Lunatic asylums Bombay report 1878-1890 - 1878-1890
Year: 1878
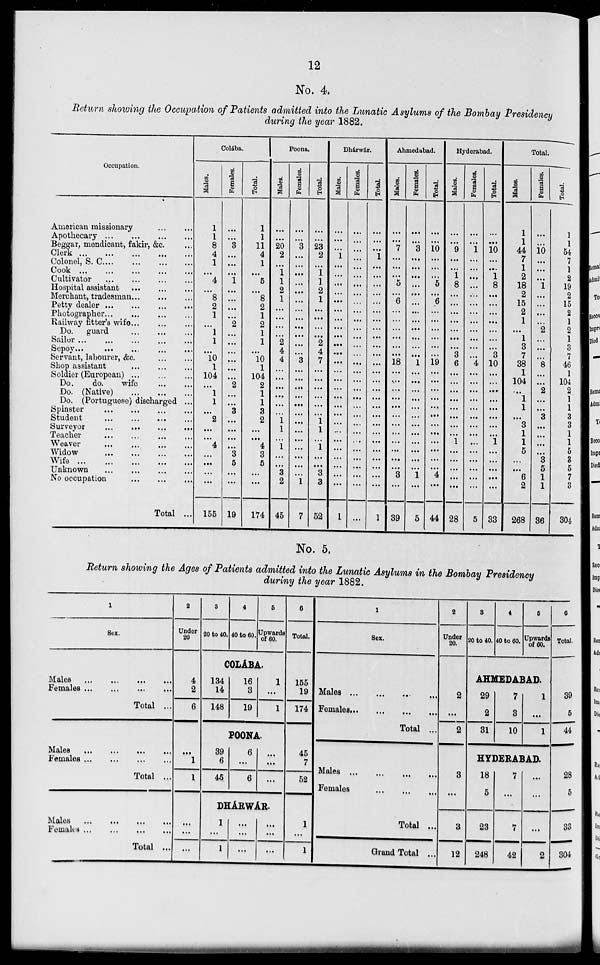
12
No. 4.
Return showing the Occupation of Patients admitted into the Lunatic Asylums of the Bombay Presidency
during the year 1882.
Occupation.
American missionary
...
...
Apothecary
...
...
...
...
Beggar, mendicant, fakir, &c. ...
Clerk
...
...
...
...
...
Colonel, S. C
...
...
...
...
Cook
...
...
...
...
...
Cultivator
...
...
...
...
Hospital assistant ... ... ...
Merchant, tradesman ... ... ...
Petty dealer
...
...
...
...
Photographer ... ... ... ...
Railway fitter's wife ... ... ...
Do. guard
...
...
...
Sailor ... ... ... ... ...
Sepoy ... ... ... ... ...
Servant, labourer, &c
...
...
Shop assistant
...
...
...
Soldier (European)
...
...
...
Do.
do.
wife
...
...
Do. (Native)
...
...
...
Do, (Portuguese) discharged ...
Spinster
...
...
...
...
Student
...
...
...
...
Surveyor ... ... ... ...
Teacher
...
...
...
...
Weaver
...
...
...
...
Widow
...
...
...
Wife
...
...
...
...
Unknown
...
...
...
...
No occupation ... ... ...
Total ..
Colába.
Males.
1
1
8
4
1
...
4
...
8
2
1
...
1
1
...
10
1
104
...
1
1
...
2
...
...
4
...
...
...
...
155
Females.
...
...
3
...
...
...
1
...
...
...
...
2
...
...
...
...
...
...
2
...
...
3
...
...
...
...
3
5
...
...
19
Total.
1
1
11
4
1
...
5
...
8
2
1
2
1
1
...
10
1
104
2
1
1
3
2
...
...
4
3
5
...
...
174
Poona.
Males.
...
...
20
2
...
1
1
2
1
...
...
...
...
2
4
4
...
...
...
...
...
...
1
1
...
1
...
...
3
2
45
Females.
...
...
3
...
...
...
...
...
...
...
...
...
...
...
...
3
...
...
...
...
...
...
...
...
...
...
...
...
...
1
7
Total.
...
...
23
2
...
1
1
2
1
...
...
...
...
2
4
7
...
...
...
...
...
...
1
1
...
1
...
...
3
3
52
Dhárwár.
Males.
...
...
...
1
...
...
...
...
...
...
...
...
...
...
...
...
...
...
...
...
...
...
...
...
...
...
...
...
...
1
Females.
...
...
...
...
...
...
...
...
...
...
...
...
...
...
...
...
...
...
...
...
...
...
...
...
...
...
...
...
...
...
...
Total.
...
...
...
1
...
...
...
...
...
...
...
...
...
...
...
...
...
...
...
...
...
...
...
...
...
...
...
...
...
...
1
Ahmedabad.
Males.
...
...
7
...
...
...
5
...
6
...
...
...
...
...
...
18
...
...
...
...
...
...
...
...
...
...
...
...
3
...
39
Females.
...
...
3
...
...
...
...
...
...
...
...
...
...
...
...
1
...
...
...
...
...
...
...
...
...
...
...
...
1
...
5
Total.
...
...
10
...
...
...
5
...
6
...
...
...
...
...
...
19
...
...
...
...
...
...
...
...
...
...
...
...
4
...
44
Hyderabad.
Males.
...
...
9
...
...
1
8
...
...
...
...
...
...
...
3
6
...
...
...
...
...
...
...
...
1
...
...
...
...
...
28
Females.
...
...
1
...
...
...
...
...
...
...
...
...
...
...
...
4
...
...
...
...
...
...
...
...
...
...
...
...
...
...
5
Total.
...
...
10
...
...
1
8
...
...
...
...
...
...
...
3
10
...
...
...
...
...
...
...
...
1
...
...
...
...
...
33
Total.
Males.
1
1
44
7
1
2
18
2
15
2
1
...
1
3
7
38
1
104
...
1
1
...
3
1
1
5
...
...
6
2
268
Females.
...
...
10
...
...
...
1
...
...
...
...
2
...
...
...
8
...
...
2
...
...
3
...
...
...
...
3
5
1
1
36
Total.
1
1
54
7
1
2
19
2
15
2
1
2
1
3
7
46
1
104
2
1
1
3
3
1
1
5
3
5
7
3
304
No. 5.
Return showing the Ages of Patients admitted into the Lunatic Asylums in the Bombay Presidency
during the year 1882.
1
Sex.
Males
...
...
...
...
Females
...
...
...
...
Total ...
Males
...
...
...
...
Females
...
...
...
...
Total ...
Males
...
...
...
...
Females
...
...
...
...
Total ...
2
Under
20
4
2
6
...
1
1
...
...
...
3
20 to 40.
4
40 to 60.
5
Upwards
of 60.
COLÁBA.
134
14
148
16
3
19
1
...
1
POONA.
39
6
45
6
...
6
...
...
...
DHÁWÁR.
1
...
1
...
...
...
...
...
...
6
Total.
155
19
174
45
7
52
1
...
1
1
Sex.
Males
...
...
...
...
Females ... ... ... ...
Total ...
Males ...
...
Females
Total ...
Grand Total ...
2
Under
20.
2
...
2
3
...
3
12
3
20 to 40.
4
40 to 60.
5
Upwards
of 60.
AHMEDABAD.
29
2
31
7
3
10
1
...
1
HYDERABAD.
18
5
23
248
7
...
7
42
...
...
...
2
6
Total.
39
5
44
28
5
33
304